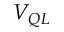
V _ { Q L }